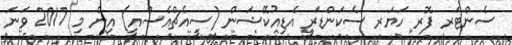
ސެންޓަރ ފޮރ ހަޔަރ ސެކަންޑަރީ އެޑިއުކޭޝަން (ސީއެޗްއެސްއީ) އިން މި 2017 ވަނަ